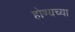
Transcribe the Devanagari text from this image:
होण्यच्या